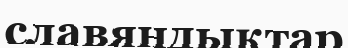
славяндықтар